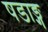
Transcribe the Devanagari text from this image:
षडाङ्ग